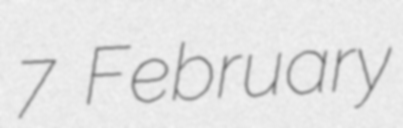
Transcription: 7 February